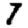
Digit: 7